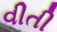
વીતી